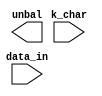
////////////////////////////////////////////////////////////////////////////////
//
//       This confidential and proprietary software may be used only
//     as authorized by a licensing agreement from Synopsys Inc.
//     In the event of publication, the following notice is applicable:
//
//                    (C) COPYRIGHT 1999 - 2016 SYNOPSYS INC.
//                           ALL RIGHTS RESERVED
//
//       The entire notice above must be reproduced on all authorized
//     copies.
//
//
// VERSION:   Verilog simulation model
//
// DesignWare_version: 8ba57edc
// DesignWare_release: K-2015.06-DWBB_201506.5.2
//
////////////////////////////////////////////////////////////////////////////////
//----------------------------------------------------------------------
// ABSTRACT: 8b10b unbalanced character predictor
//
//	Parameters:
//		k28_5_only:Special character subset control
//			parameter (0 for all special characters
//			encoded, 1 for only K28.5 decoded[when
//			k_char=HIGH K28.5 is encoded regardless
//			of the value of the input data])
//	Inputs:
//		k_char:Special character control
//		data_in: Input data to be encoded that balance
//			predition is based on
//	Outputs:
//		unbal :Output indicating whether the input
//			data byte will flip the running disparity
//			bit of the encoder (unbalance = HIGH) or
//			keep it in the same state (unbalanced = LOW)
//----------------------------------------------------------------------
//	MODIFIED:
//----------------------------------------------------------------------


module DW_8b10b_unbal(k_char, data_in, unbal);
	parameter	k28_5_only = 0 ;

	input		k_char;
	input[7:0]	data_in;

	output		unbal;

// synopsys translate_off
	wire		k_char;
	wire[7:0]	data_in;
	wire		unbal;


function 		any_unknown_9;
	input	[8:0]	A;
	integer		bit_idx;

begin

	any_unknown_9 = 1'b0;

	for (bit_idx=8; bit_idx>=0; bit_idx=bit_idx-1)
	begin
	  if(A[bit_idx] !== 1'b0 && A[bit_idx] !== 1'b1)
	  begin
	    any_unknown_9 = 1'b1;
	  end
	end

end
endfunction


function		DWF_8b10b_unbal;
	input[7:0]	data_in;
	input		k_char;

begin: block_DWF_8b10b_unbal

	reg		index_tbl;
	reg		unbal_tbl;

	if ((any_unknown_9({data_in, k_char})== 1))
	begin 
	  DWF_8b10b_unbal  = 1'bx ;
	end

	else if (k_char ==1'b0)
	begin 
	  index_tbl = {
      1'b0,
      1'b1,
      1'b1,
      1'b1,
      1'b0,
      1'b1,
      1'b1,
      1'b0
		}
		>> (7-data_in[7:5]);

	  unbal_tbl = {
      32'b00010111011111100111111001101000,
      32'b11101000100000011000000110010111
		}
		>> ((1-index_tbl)*32 +(31-data_in[4:0]));

	  DWF_8b10b_unbal  = unbal_tbl;
	end

	else if (k_char === 1'b1)
	begin 
	  if (k28_5_only == 0)
	  begin 
	    case (data_in)
	      8'b00011100,
	      8'b10011100,
	      8'b11111100,
	      8'b11110111,
	      8'b11111011,
	      8'b11111101,
	      8'b11111110:
	        begin
	          DWF_8b10b_unbal  = 1'b0 ;
	        end
	      8'b00111100,
	      8'b01011100,
	      8'b01111100,
	      8'b10111100,
	      8'b11011100:
	        begin
	          DWF_8b10b_unbal  = 1'b1 ;
	        end
	      default:
	        begin
	          DWF_8b10b_unbal  = 1'bx ;
	          $display("Warning: Invalid data on data_in of DW_8b10b_unbal when k28_5_only=0 and k_char=1.");
	        end
	    endcase
	  end

	  else
	  begin
	    DWF_8b10b_unbal = 1'b1 ;
	  end 
	end 

	disable block_DWF_8b10b_unbal;
end
endfunction

assign  unbal  = DWF_8b10b_unbal(data_in, k_char);

initial
begin 
	if(k28_5_only < 0 || k28_5_only > 1)
	begin
	  $display("Error: k28_5_only(%0d) parameter of DW_8b10b_unbal is out of legal range(0 to 1)",
	  	k28_5_only);
	  $finish;
	end
end

// synopsys translate_on
endmodule